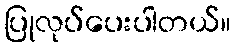
ပြုလုပ်ပေးပါတယ်။